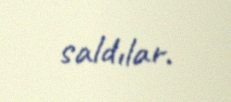
saldılar.